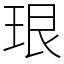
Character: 珢